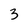
Character: 3